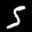
Label: 5